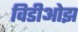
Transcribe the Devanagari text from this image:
विडीओझ